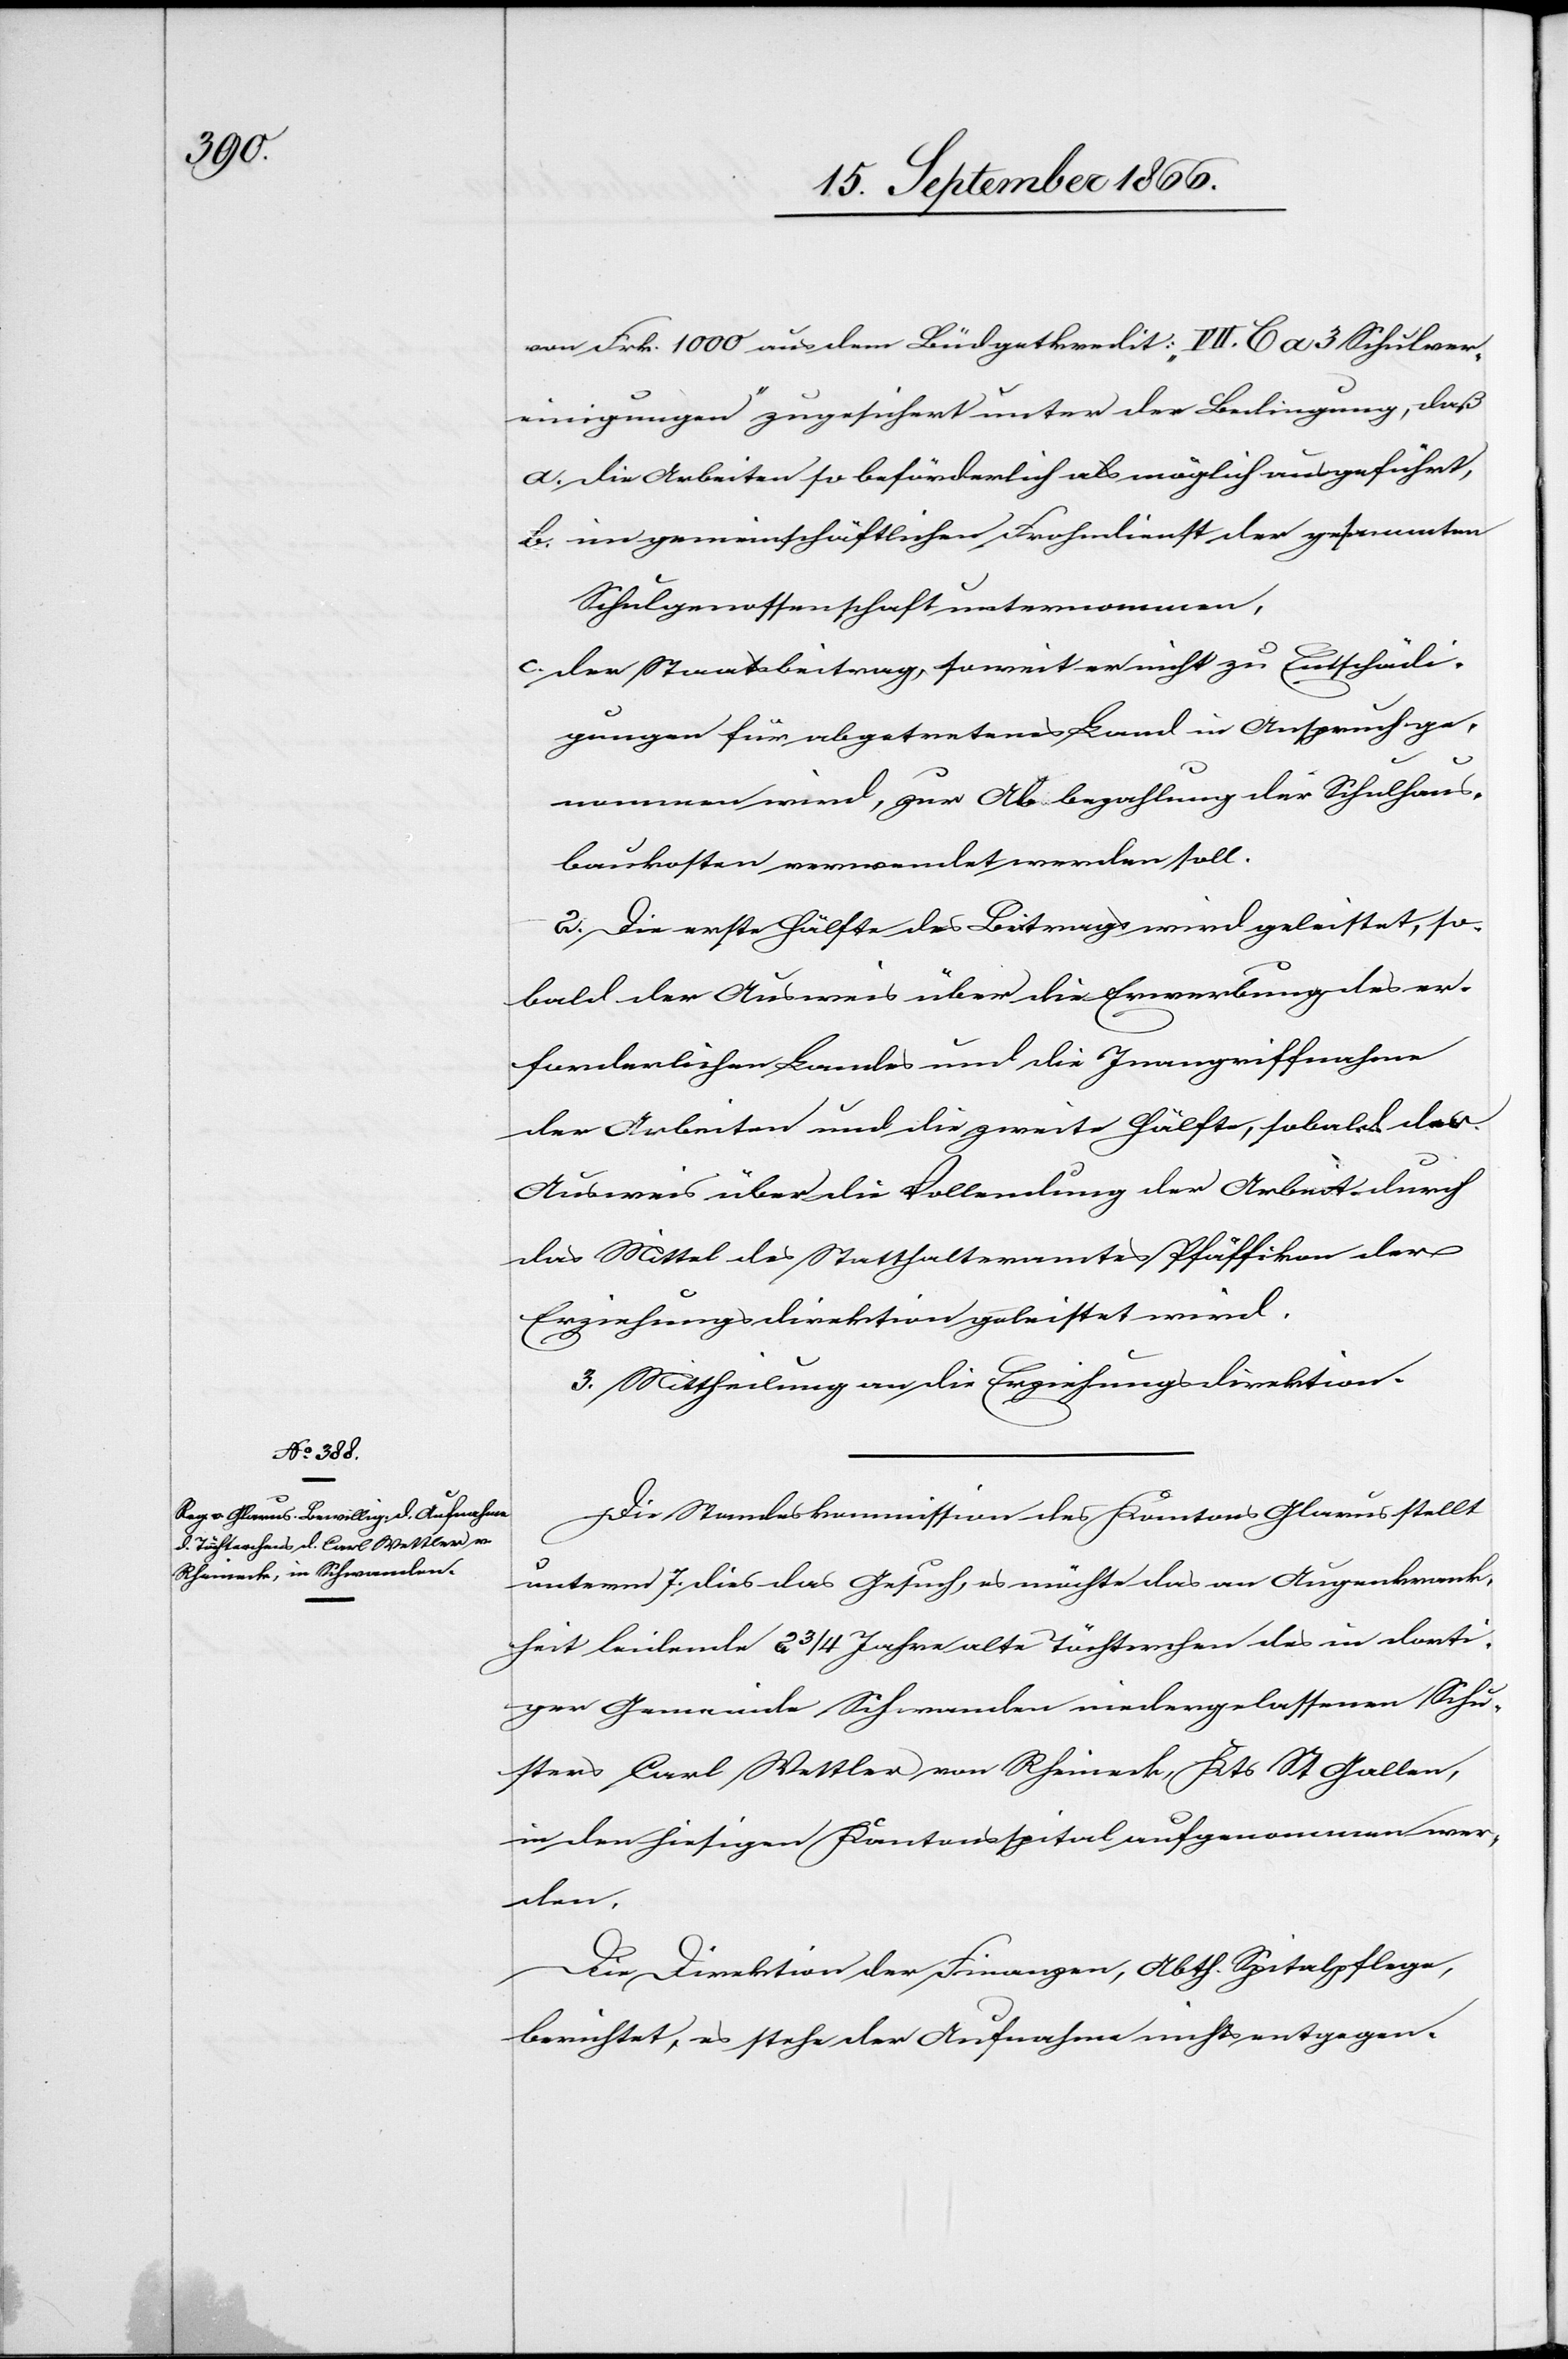
von Frk. 1000 aus dem Büdgetkredit: „VII. C a 3 Schulver¬
einigungen“ zugesichert unter der Bedingung, daß
a. Die Arbeiten so beförderlich als möglich ausgeführt,
b. im gemeinschäftlichen Frohndienste der gesammten
Schulgenossenschaft unternommen,
c. der Staatsbeitrag soweit er nicht zu Entschädi¬
gungen für abgetretenes Land in Anspruch ge¬
nommen wird, zur Abbezahlung der Schulhaus¬
baukosten verwendet werden soll.
2. Die erste Hälfte des Beitrages wird geleistet, so¬
bald der Ausweis über die Erwerbung des er¬
forderlichen Landes und die Inangriffnahme
der Arbeiten und die zweite Hälfte, sobald der
Ausweis über die Vollendung der Arbeit durch
das Mittel des Statthalteramtes Pfäffikon der
Erziehungsdirektion geleistet wird.
3. Mittheilung an die Erziehungsdirektion.
Die Standeskommission des Kantons Glarus stellt
unterm 7. dies das Gesuch es möchte das an Augenkrank¬
heit leidende 2 3/4 Jahre alte Töchterchen des in dorti¬
ger Gemeinde Schwanden niedergelassenen Schu¬
sters Carl Wettler von Rheineck, Kts. St. Gallen,
in den hiesigen Kantonsspital aufgenommen wer¬
den.
Die Direktion der Finanzen, Abth. Spitalpflege,
berichtet, es stehe der Aufnahme nichts entgegen.